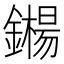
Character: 𬬍